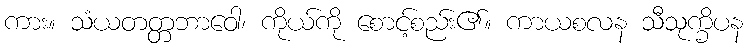
ကား။ သံယတတ္တဘာဝေါ၊ ကိုယ်ကို စောင့်စည်း၏။ ကာယစလန သီသုက္ခိပန